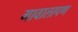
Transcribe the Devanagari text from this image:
गावालापण